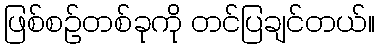
ဖြစ်စဉ်တစ်ခုကို တင်ပြချင်တယ်။